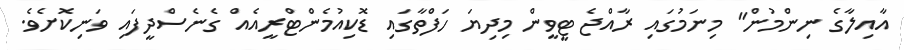
އާއިލާގެ ނިންމުން" މިނަމުގައި ރާއްޖެ ޓީވީން މިދިޔަ ހަފްތާގައި ޑޮކިއުމެންޓްރީއެއް ގެނެސްދީފައި ވަނިކޮށެވެ.